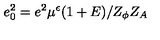
e _ { 0 } ^ { 2 } = e ^ { 2 } \mu ^ { \epsilon } ( 1 + E ) / Z _ { \phi } Z _ { A }